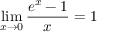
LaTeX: \operatorname* { l i m } _ { x \to 0 } { \frac { e ^ { x } - 1 } { x } } = 1